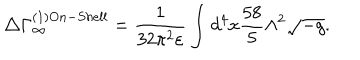
\triangle \Gamma _ { \infty } ^ { ( 1 ) O n - S h e l l } = \frac { 1 } { 3 2 \pi ^ { 2 } \varepsilon } \int d ^ { 4 } x \frac { 5 8 } { 5 } \Lambda ^ { 2 } \sqrt { - g } .